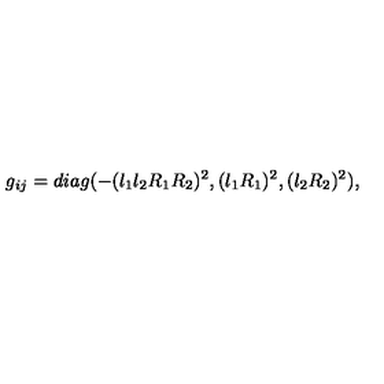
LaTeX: g _ { i j } = d i a g ( - ( l _ { 1 } l _ { 2 } R _ { 1 } R _ { 2 } ) ^ { 2 } , ( l _ { 1 } R _ { 1 } ) ^ { 2 } , ( l _ { 2 } R _ { 2 } ) ^ { 2 } ) ,